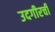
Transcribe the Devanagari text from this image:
उदगीरची